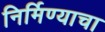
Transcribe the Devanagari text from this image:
निर्मिण्याचा